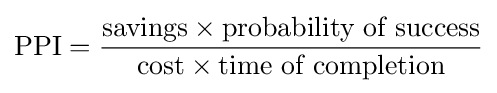
{\text{PPI}}={\frac {{\text{savings}}\times {\text{probability of success}}}{{\text{cost}}\times {\text{time of completion}}}}